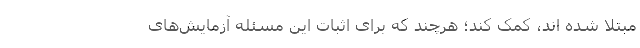
مبتلا شده اند، کمک کند؛ هرچند که برای اثبات این مسئله آزمایش‌های